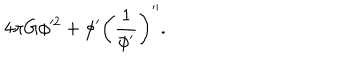
LaTeX: { 4 \pi G } \phi ^ { 2 } + \phi ^ { \prime } \left( { \frac { 1 } { \phi ^ { \prime } } } \right) ^ { \prime \prime } .